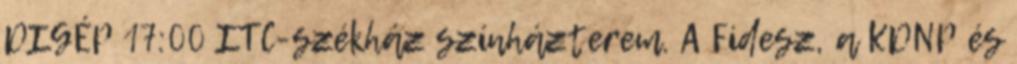
DIGÉP 17:00 ITC-székház színházterem. A Fidesz, a KDNP és